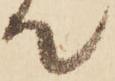
て